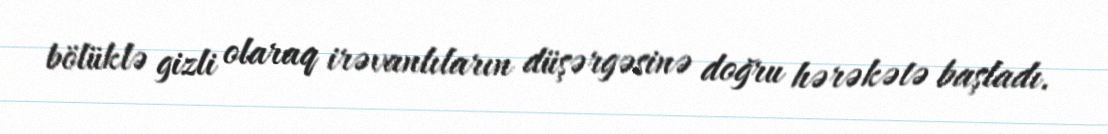
bölüklə gizli olaraq irəvanlıların düşərgəsinə doğru hərəkətə başladı.